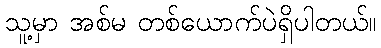
သူ့မှာ အစ်မ တစ်ယောက်ပဲရှိပါတယ်။